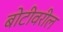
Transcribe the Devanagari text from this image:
बोटीवरील